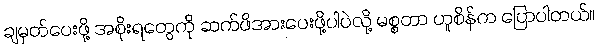
ချမှတ်ပေးဖို့ အစိုးရတွေကို ဆက်ဖိအားပေးဖို့ပါပဲလို့ မစ္စတာ ဟူစိန်က ပြောပါတယ်။